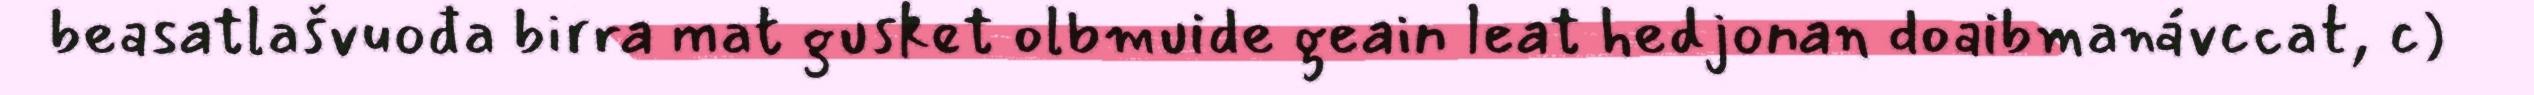
beasatlašvuođa birra mat gusket olbmuide geain leat hedjonan doaibmanávccat, c)